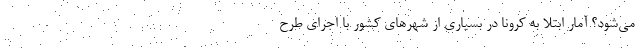
می‌شود؟ آمار ابتلا به کرونا در بسیاری از شهرهای کشور با اجرای طرح